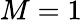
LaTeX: M=1